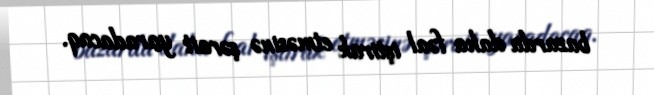
bazarda daha fəal iştirak etməsinə şərait yaradacaq.